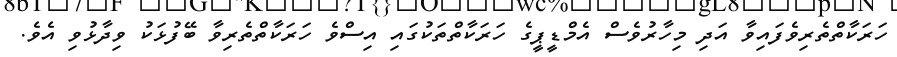
ހަރަކާތްތެރިވެފައިވާ އަދި މިހާރުވެސް އެމްޑީޕީގެ ހަރަކާތްތަކުގައި އިސްވެ ހަރަކާތްތެރިވާ ބޭފުޅަކު ވިދާޅުވި އެވެ.